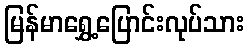
မြန်မာရွှေ့ပြောင်းလုပ်သား